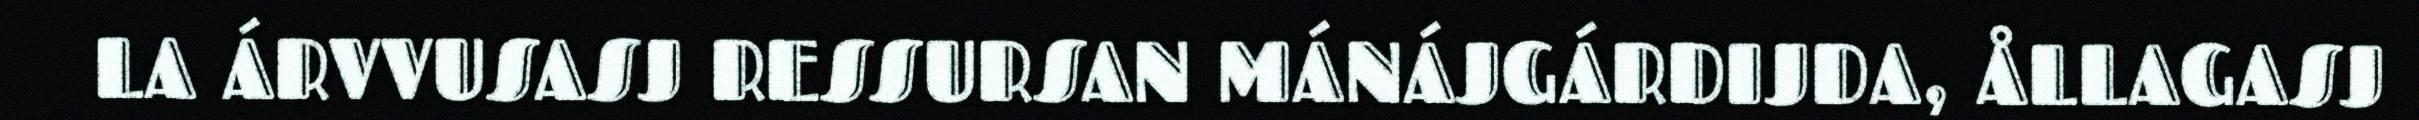
LA ÁRVVUSASJ RESSURSAN MÁNÁJGÁRDIJDA, ÅLLAGASJ